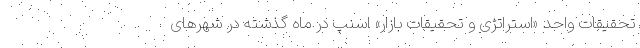
تحقیقات واحد «استراتژی و تحقیقات بازار» اسنپ در ماه گذشته در شهرهای